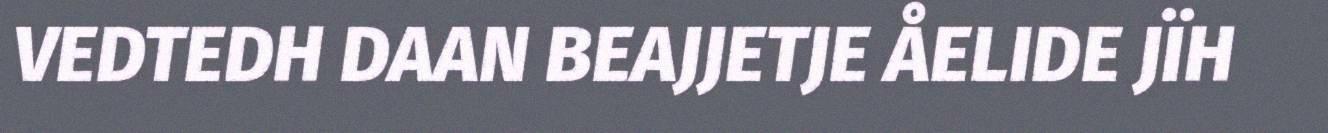
VEDTEDH DAAN BEAJJETJE ÅELIDE JÏH